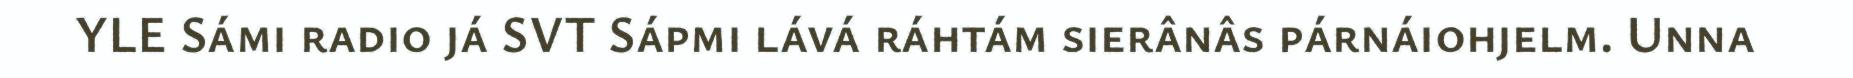
YLE Sámi radio já SVT Sápmi lává ráhtám sierânâs párnáiohjelm. Unna